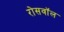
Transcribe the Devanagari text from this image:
रोसवॉल